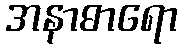
အနာဓာရော